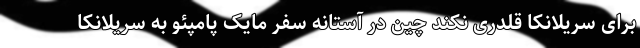
برای سریلانکا قلدری نکند چین در آستانه سفر مایک پامپئو به سریلانکا